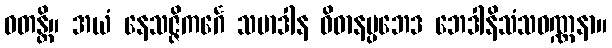
ဝတန္တိ။ အယံ နေသဇ္ဇိကင်္ဂေ သမာဒါန ဝိဓာနပ္ပဘေဒ ဘေဒါနိသံသဝဏ္ဏနာ။